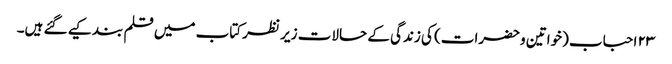
۲۳ احباب (خواتین وحضرات) کی زندگی کے حالات زیر نظر کتاب میں قلم بند کیے گئے ہیں۔